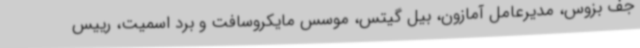
جف بزوس، مدیرعامل آمازون، بیل گیتس، موسس مایکروسافت و برد اسمیت، رییس